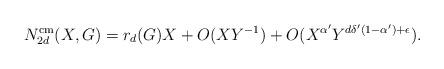
LaTeX: \begin{align*}N_{2d}^{\mathrm{cm}}(X, G) = r_d(G)X + O(XY^{-1}) + O(X^{\alpha'} Y^{d\delta^{\prime}(1-\alpha^{\prime})+ \epsilon}).\end{align*}